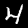
Digit: 4